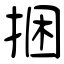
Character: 捆